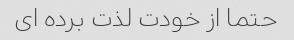
حتما از خودت لذت برده ای